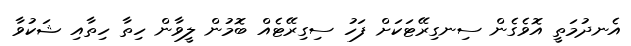
އެނދުމަތީ އޮވެގެން ސިނގިރޭޓަކަށް ފަހު ސިގިރޭޓެއް ބޮމުން ލީވާން ހިތާ ހިތާއި ޝަކުވާ